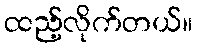
ထည့်လိုက်တယ်။